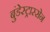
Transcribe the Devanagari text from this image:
बुंडेस्ट्रास्सेन